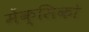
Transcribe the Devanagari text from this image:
मेंक्सिको